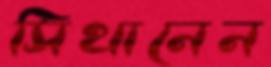
সিথানেন